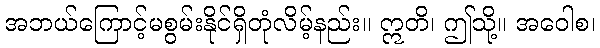
အဘယ်ကြောင့်မစွမ်းနိုင်ရှိတုံလိမ့်နည်း။ ဣတိ၊ ဤသို့။ အဝေါစ၊